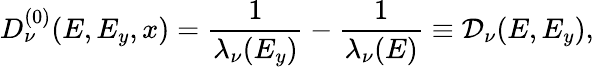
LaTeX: D_{\nu}^{(0)}(E,E_{y},x)=\frac{1}{\lambda_{\nu}(E_{y})}-\frac{1}{\lambda_{\nu}(E)}\equiv\mathcal{D}_{\nu}(E,E_{y}),